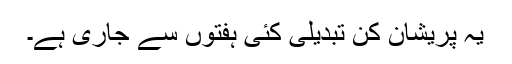
یہ پریشان کن تبدیلی کئی ہفتوں سے جاری ہے۔